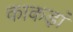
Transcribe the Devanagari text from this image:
काकड़ां